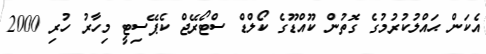
އެކަން ޙައްލުކުރުމުގެ ގޮތުން ކޫއްޑޫގެ ކޯލްޑް ސްޓޯރޭޖް ކެޕޭސިޓީ މިހާރު ހުރި 2000